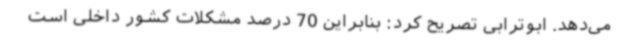
می‌دهد. ابوترابی تصریح کرد: بنابراین 70 درصد مشکلات کشور داخلی است